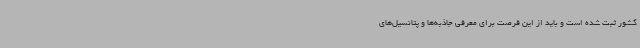
کشور ثبت شده است و باید از این فرصت برای معرفی جاذبه‌ها و پتانسیل‌های